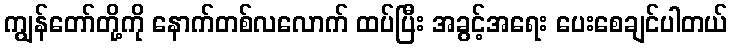
ကျွန်တော်တို့ကို နောက်တစ်လလောက် ထပ်ပြီး အခွင့်အရေး ပေးစေချင်ပါတယ်